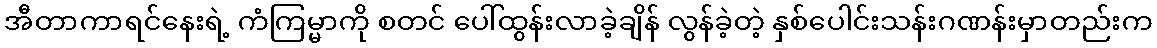
အီတာကာရင်နေးရဲ့ ကံကြမ္မာကို စတင် ပေါ်ထွန်းလာခဲ့ချိန် လွန်ခဲ့တဲ့ နှစ်ပေါင်းသန်းဂဏန်းမှာတည်းက